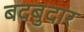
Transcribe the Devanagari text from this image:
बदबुदार